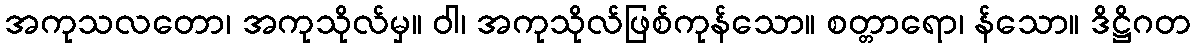
အကုသလတော၊ အကုသိုလ်မှ။ ဝါ၊ အကုသိုလ်ဖြစ်ကုန်သော။ စတ္တာရော၊ န်သော။ ဒိဋ္ဌိဂတ